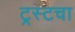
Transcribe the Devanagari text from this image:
ट्रस्टचा